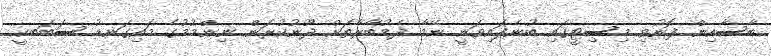
ބާސާއިން ފޮނުވި މިސިޓީގައި ބުނެފައިވަނީ ނޭމާ ދެމުބާރާތަށް ދޫނުކުރަން ނިންމުމުގެ މައިގަނޑު ސަބަބކީ